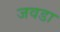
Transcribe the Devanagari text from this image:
जवडा